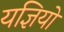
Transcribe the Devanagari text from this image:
यज्ञियों